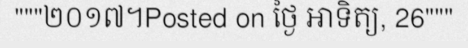
"""២០១៧។Posted on ថ្ងៃ អាទិត្យ, 26"""